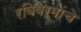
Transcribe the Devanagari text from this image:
रविवर्मांचे